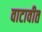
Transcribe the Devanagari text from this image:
वाटावीत